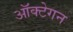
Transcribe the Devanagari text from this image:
ऑक्टेगन